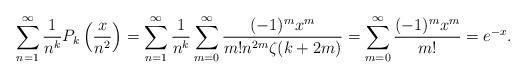
LaTeX: \begin{align*}\sum_{n=1}^{\infty} \frac{1}{n^k} P_k\left(\frac{x}{n^2} \right) = \sum_{n=1}^{\infty} \frac{1}{n^k} \sum_{m=0}^\infty \frac{(-1)^m x^m }{m! n^{2m} \zeta(k+2m) } =\sum_{m=0}^\infty \frac{(-1)^m x^m }{m! } = e^{-x}.\end{align*}